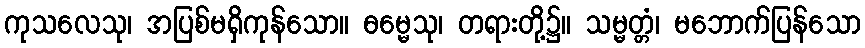
ကုသလေသု၊ အပြစ်မရှိကုန်သော။ ဓမ္မေသု၊ တရားတို့၌။ သမ္မတ္တံ၊ မဘောက်ပြန်သော